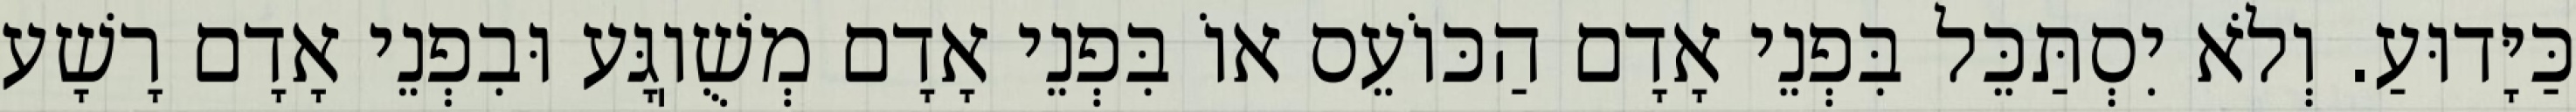
כַּיָּדוּעַ. וְלֹא יִסְתַּכֵּל בִּפְנֵי אָדָם הַכּוֹעֵס אוֹ בִּפְנֵי אָדָם מְשֻׁוֽגָּע וּבִפְנֵי אָדָם רָשָׁע